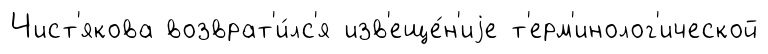
Чист'якова возврат'и́лс'я изв'еще́н'иjе т'ерм'инолог'ической